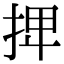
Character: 𢬽